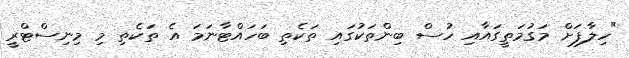
"ހިލާފަށް މަގުމަތީގައާއި ހުސް ބިންތަކުގައި ތަކެތި ބަހައްޓާނަމަ އެ ތަކެތި މި މިނިސްޓްރީ